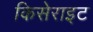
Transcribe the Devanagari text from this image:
किसेराइट